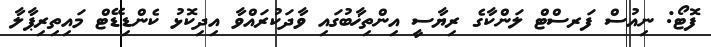
ފޮޓޯ: ނިއުސް ފަރސްޓް ލަންކާގެ ރިޔާސީ އިންތިޚާބުގައި ވާދަކުރައްވާ އިދިކޮޅު ކެންޑިޑޭޓް މައިތިރިޕާލާ